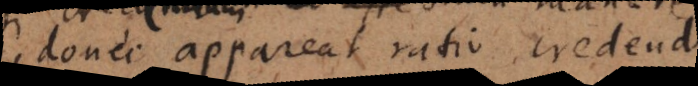
donec appareat ratio credendi